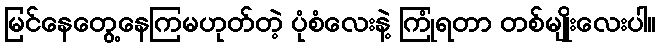
မြင်နေတွေ့နေကြမဟုတ်တဲ့ ပုံစံလေးနဲ့ ကြုံရတာ တစ်မျိုးလေးပါ။